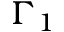
\Gamma _ { 1 }